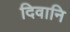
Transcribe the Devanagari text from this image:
दिवानि